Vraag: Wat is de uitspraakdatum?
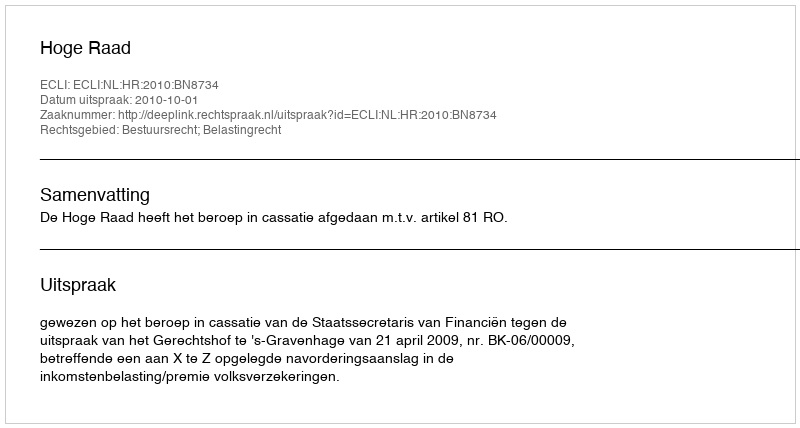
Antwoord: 2010-10-01